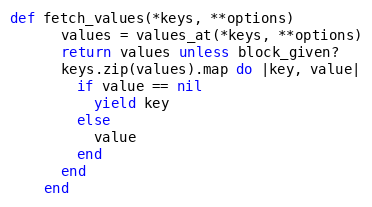
Language: Ruby
def fetch_values(*keys, **options)
      values = values_at(*keys, **options)
      return values unless block_given?
      keys.zip(values).map do |key, value|
        if value == nil
          yield key
        else
          value
        end
      end
    end